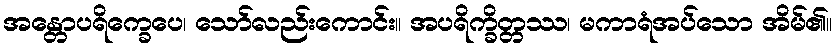
အန္တောပရိက္ခေပေ၊ သော်လည်းကောင်း။ အပရိက္ခိတ္တဿ၊ မကာရံအပ်သော အိမ်၏။